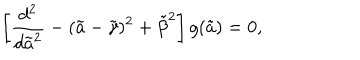
\left[ { \frac { d ^ { 2 } } { d { \tilde { a } } ^ { 2 } } } - ( \tilde { a } - { \tilde { \gamma } } ) ^ { 2 } + { \tilde { \beta } } ^ { 2 } \right] g ( \tilde { a } ) = 0 ,